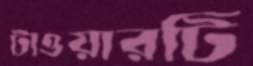
টাওয়ারটি